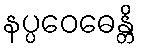
နပ္ပဝေဓေန္တိ